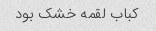
کباب لقمه خشک بود